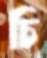
চি